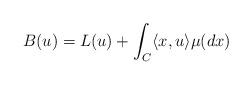
LaTeX: \begin{align*}B(u) = L(u) + \int_C \langle x , u \rangle \mu(dx) \end{align*}